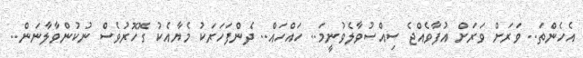
އެހެންތަ.. ވަރަށް ވަރަށް އުފާވެއްޖެ ސިއްސުވާލެވުނީމަ.. ހައްހައް.. ދެންފަހަރަކު މެޔާއެކު ގޮހޮރުވެސް ނުކުންވާލާނަން..